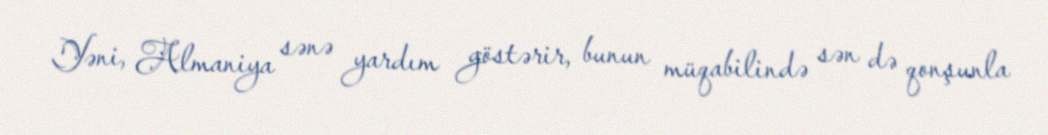
Yəni, Almaniya sənə yardım göstərir, bunun müqabilində sən də qonşunla